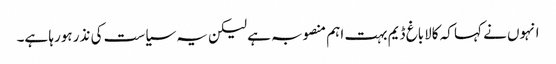
انہوں نے کہا کہ کالاباغ ڈیم بہت اہم منصوبہ ہے لیکن یہ سیاست کی نذر ہورہا ہے۔